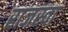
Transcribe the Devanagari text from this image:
राजस्वा